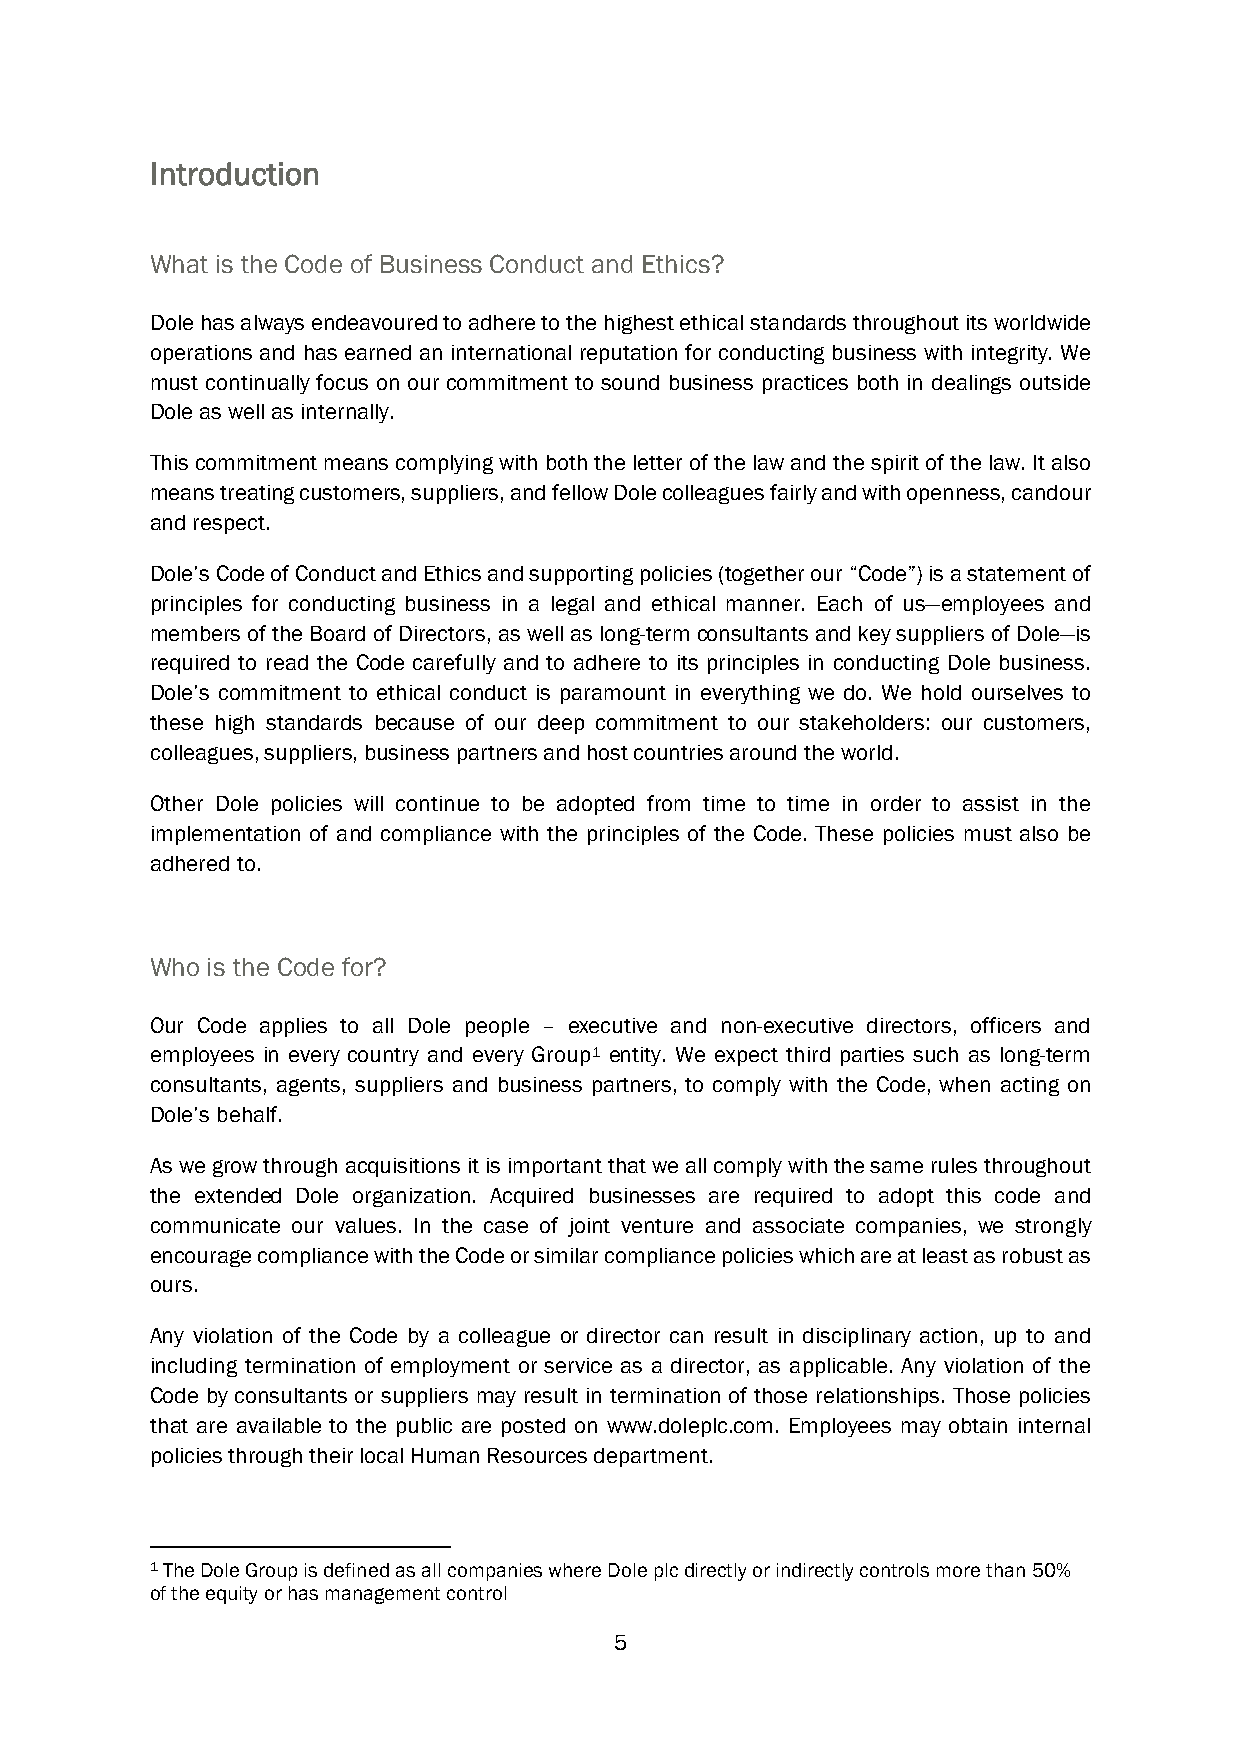
Introduction
 What is the Code of Business Conduct and Ethics?
 Dole has always endeavoured to adhere to the highest ethical standards throughout its worldwide
 operations and has earned an international reputation for conducting business with integrity. We
 must continually focus on our commitment to sound business practices both in dealings outside
 Dole as well as internally.
 This commitment means complying with both the letter of the law and the spirit of the law. It also
 means treating customers, suppliers, and fellow Dole colleagues fairly and with openness, candour
 and respect.
 Dole’s Code of Conduct and Ethics and supporting policies (together our “Code”) is a statement of
 principles for conducting business in a legal and ethical manner. Each of us—employees and
 members of the Board of Directors, as well as long-term consultants and key suppliers of Dole—is
 required to read the Code carefully and to adhere to its principles in conducting Dole business.
 Dole’s commitment to ethical conduct is paramount in everything we do. We hold ourselves to
 these high standards because of our deep commitment to our stakeholders: our customers,
 colleagues, suppliers, business partners and host countries around the world.
 Other Dole policies will continue to be adopted from time to time in order to assist in the
 implementation of and compliance with the principles of the Code. These policies must also be
 adhered to.
 Who is the Code for?
 Our Code applies to all Dole people – executive and non-executive directors, officers and
 employees in every country and every Group1 entity. We expect third parties such as long-term
 consultants, agents, suppliers and business partners, to comply with the Code, when acting on
 Dole’s behalf.
 As we grow through acquisitions it is important that we all comply with the same rules throughout
 the extended Dole organization. Acquired businesses are required to adopt this code and
 communicate our values. In the case of joint venture and associate companies, we strongly
 encourage compliance with the Code or similar compliance policies which are at least as robust as
 ours.
 Any violation of the Code by a colleague or director can result in disciplinary action, up to and
 including termination of employment or service as a director, as applicable. Any violation of the
 Code by consultants or suppliers may result in termination of those relationships. Those policies
 that are available to the public are posted on www.doleplc.com. Employees may obtain internal
 policies through their local Human Resources department.
 1 The Dole Group is defined as all companies where Dole plc directly or indirectly controls more than 50%
 of the equity or has management control
 5